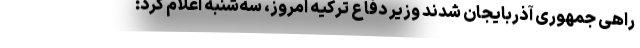
راهی جمهوری آذربایجان شدند وزیر دفاع ترکیه امروز، سه‌شنبه اعلام کرد: